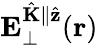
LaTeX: \mathbf{E}_{\perp}^{\hat{\mathbf{K}}\parallel\hat{\mathbf{z}}}(\mathbf{r})